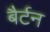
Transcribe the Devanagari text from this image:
बैर्टन